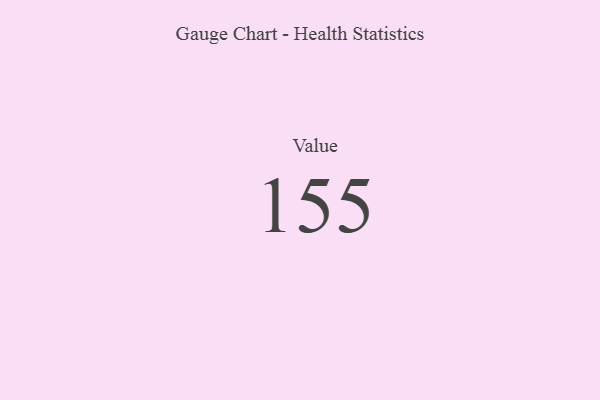
{"axis": {"x": "Metric", "y": "Value"}, "legend": [""], "data": [{"x": "Value", "y": 155, "type": ""}]}